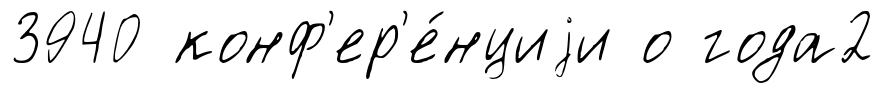
3940 конф'ер'е́нциjи о года2